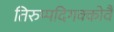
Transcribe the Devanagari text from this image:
तिरुप्पदिगक्कोवै